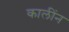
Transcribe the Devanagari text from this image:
कालींन